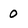
Character: o